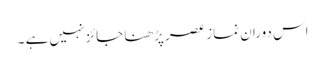
اس دوران نماز عصر پڑھنا جائز نہیں ہے ۔